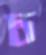
চ